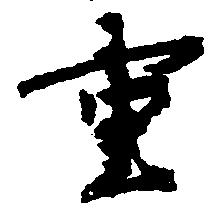
重